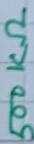
Text: 500KΩ